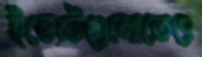
ইভেন্টগুলোতেও